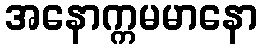
အနောက္ကမမာနော